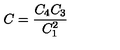
{ \displaystyle { C = \frac { C _ { 4 } C _ { 3 } } { C _ { 1 } ^ { 2 } } } }